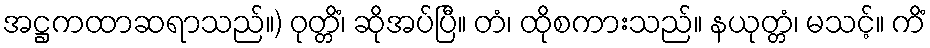
အဋ္ဌကထာဆရာသည်။) ဝုတ္တိံ၊ ဆိုအပ်ပြီ။ တံ၊ ထိုစကားသည်။ နယုတ္တံ၊ မသင့်။ ကိံ